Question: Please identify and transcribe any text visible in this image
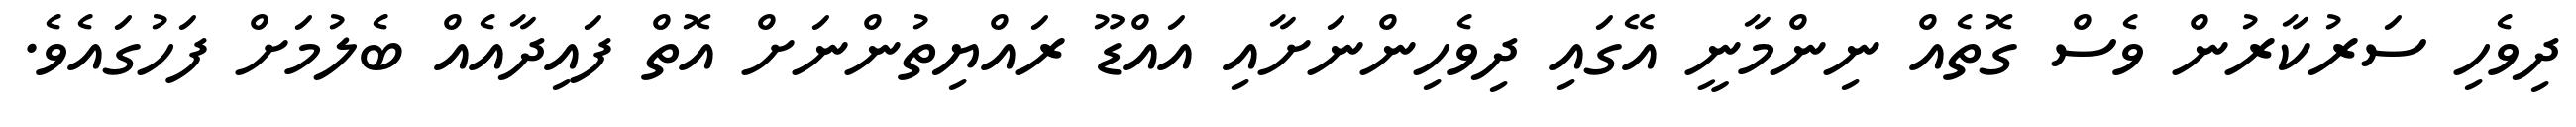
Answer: ދިވެހި ސަރުކާރުން ވެސް ގޮތެއް ނިންމާނީ އޭގައި ދިވެހިންނަށާއި އައްޑޫ ރައްޔިތުންނަށް އޮތް ފައިދާއެއް ބެލުމަށް ފަހުގައެވެ.